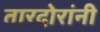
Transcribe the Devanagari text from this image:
तारदोरांनी